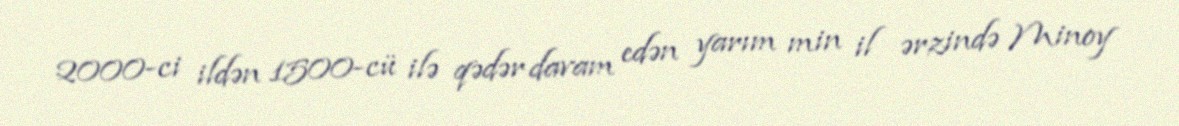
2000-ci ildən 1500-cü ilə qədər davam edən yarım min il ərzində Minoy